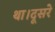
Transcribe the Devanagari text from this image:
था।दूसरे